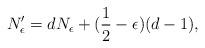
LaTeX: \begin{align*}N_\epsilon'=dN_\epsilon+(\frac12-\epsilon)(d-1),\end{align*}